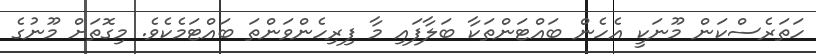
ހަތަރެސްކަން މޫނަކީ އެހެން ބައްޓަންތަކާ ބަލާފައި މާ ފިރިހެންވަންތަ ބައްޓަމެކެވެ. މިގޮތަށް މޫނުގެ